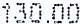
130.00